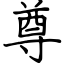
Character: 尊